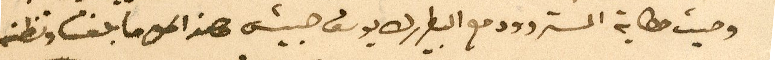
وحيث حكاية المستر وود مع البطريرك يوسف حبيش هذا كل ما بلغنا ونظنه